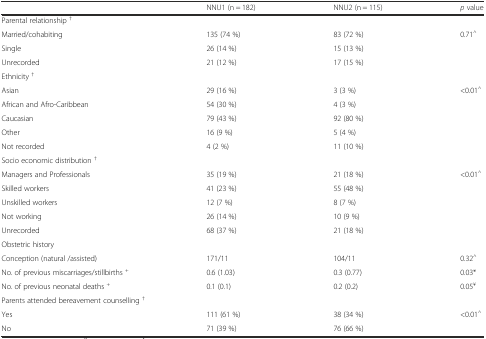
<table><thead><tr><td></td><td><b>NNU1 (n = 182)</b></td><td><b>NNU2 (n = 115)</b></td><td><b><i>p</i> value</b></td></tr></thead><tbody><tr><td colspan="4">Parental relationship <sup>†</sup></td></tr><tr><td>Married/cohabiting</td><td>135 (74 %)</td><td>83 (72 %)</td><td rowspan="3">0.71<sup>^</sup></td></tr><tr><td>Single</td><td>26 (14 %)</td><td>15 (13 %)</td></tr><tr><td>Unrecorded</td><td>21 (12 %)</td><td>17 (15 %)</td></tr><tr><td colspan="4">Ethnicity <sup>†</sup></td></tr><tr><td>Asian</td><td>29 (16 %)</td><td>3 (3 %)</td><td rowspan="5">&lt;0.01<sup>^</sup></td></tr><tr><td>African and Afro-Caribbean</td><td>54 (30 %)</td><td>4 (3 %)</td></tr><tr><td>Caucasian</td><td>79 (43 %)</td><td>92 (80 %)</td></tr><tr><td>Other</td><td>16 (9 %)</td><td>5 (4 %)</td></tr><tr><td>Not recorded</td><td>4 (2 %)</td><td>11 (10 %)</td></tr><tr><td colspan="4">Socio economic distribution <sup>†</sup></td></tr><tr><td>Managers and Professionals</td><td>35 (19 %)</td><td>21 (18 %)</td><td rowspan="5">&lt;0.01<sup>^</sup></td></tr><tr><td>Skilled workers</td><td>41 (23 %)</td><td>55 (48 %)</td></tr><tr><td>Unskilled workers</td><td>12 (7 %)</td><td>8 (7 %)</td></tr><tr><td>Not working</td><td>26 (14 %)</td><td>10 (9 %)</td></tr><tr><td>Unrecorded</td><td>68 (37 %)</td><td>21 (18 %)</td></tr><tr><td colspan="4">Obstetric history</td></tr><tr><td>Conception (natural /assisted)</td><td>171/11</td><td>104/11</td><td>0.32<sup>^</sup></td></tr><tr><td>No. of previous miscarriages/stillbirths <sup>+</sup></td><td>0.6 (1.03)</td><td>0.3 (0.77)</td><td>0.03*</td></tr><tr><td>No. of previous neonatal deaths <sup>+</sup></td><td>0.1 (0.1)</td><td>0.2 (0.2)</td><td>0.05<sup>¥</sup></td></tr><tr><td colspan="4">Parents attended bereavement counselling <sup>†</sup></td></tr><tr><td>Yes</td><td>111 (61 %)</td><td>38 (34 %)</td><td rowspan="2">&lt;0.01<sup>^</sup></td></tr><tr><td>No</td><td>71 (39 %)</td><td>76 (66 %)</td></tr></tbody></table>